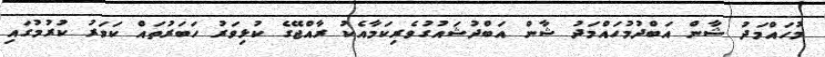
މުހައްމަދު ޝާން އަބްދުމުހައްމަދު ޝާން އަބްދުޝައުގުވެރިކަމާއެކު ރާއްޖޭގެ ކުޅިވަރު ހަބަރުތައް ކަވަރު ކުރުމުގައި